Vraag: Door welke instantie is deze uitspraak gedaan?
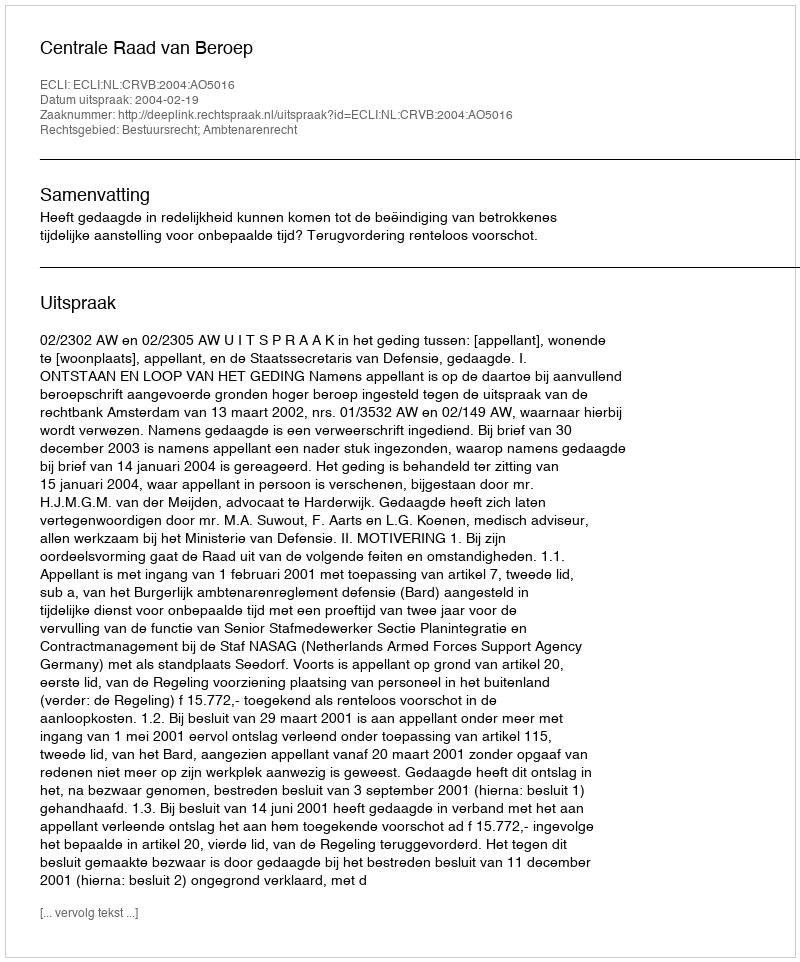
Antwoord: Centrale Raad van Beroep